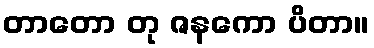
တာတော တု ဇနကော ပိတာ။